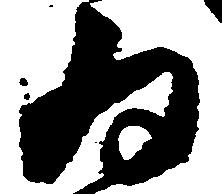
為